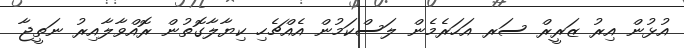
އުޅުން އިރު ޒަރީރް ސަރ އަހަރެމެން ލަސްކަމުން އެއްޗެހި ކިޔާލާގޮތުން ރޮއްވާލާއިރު ނަތީޖާ